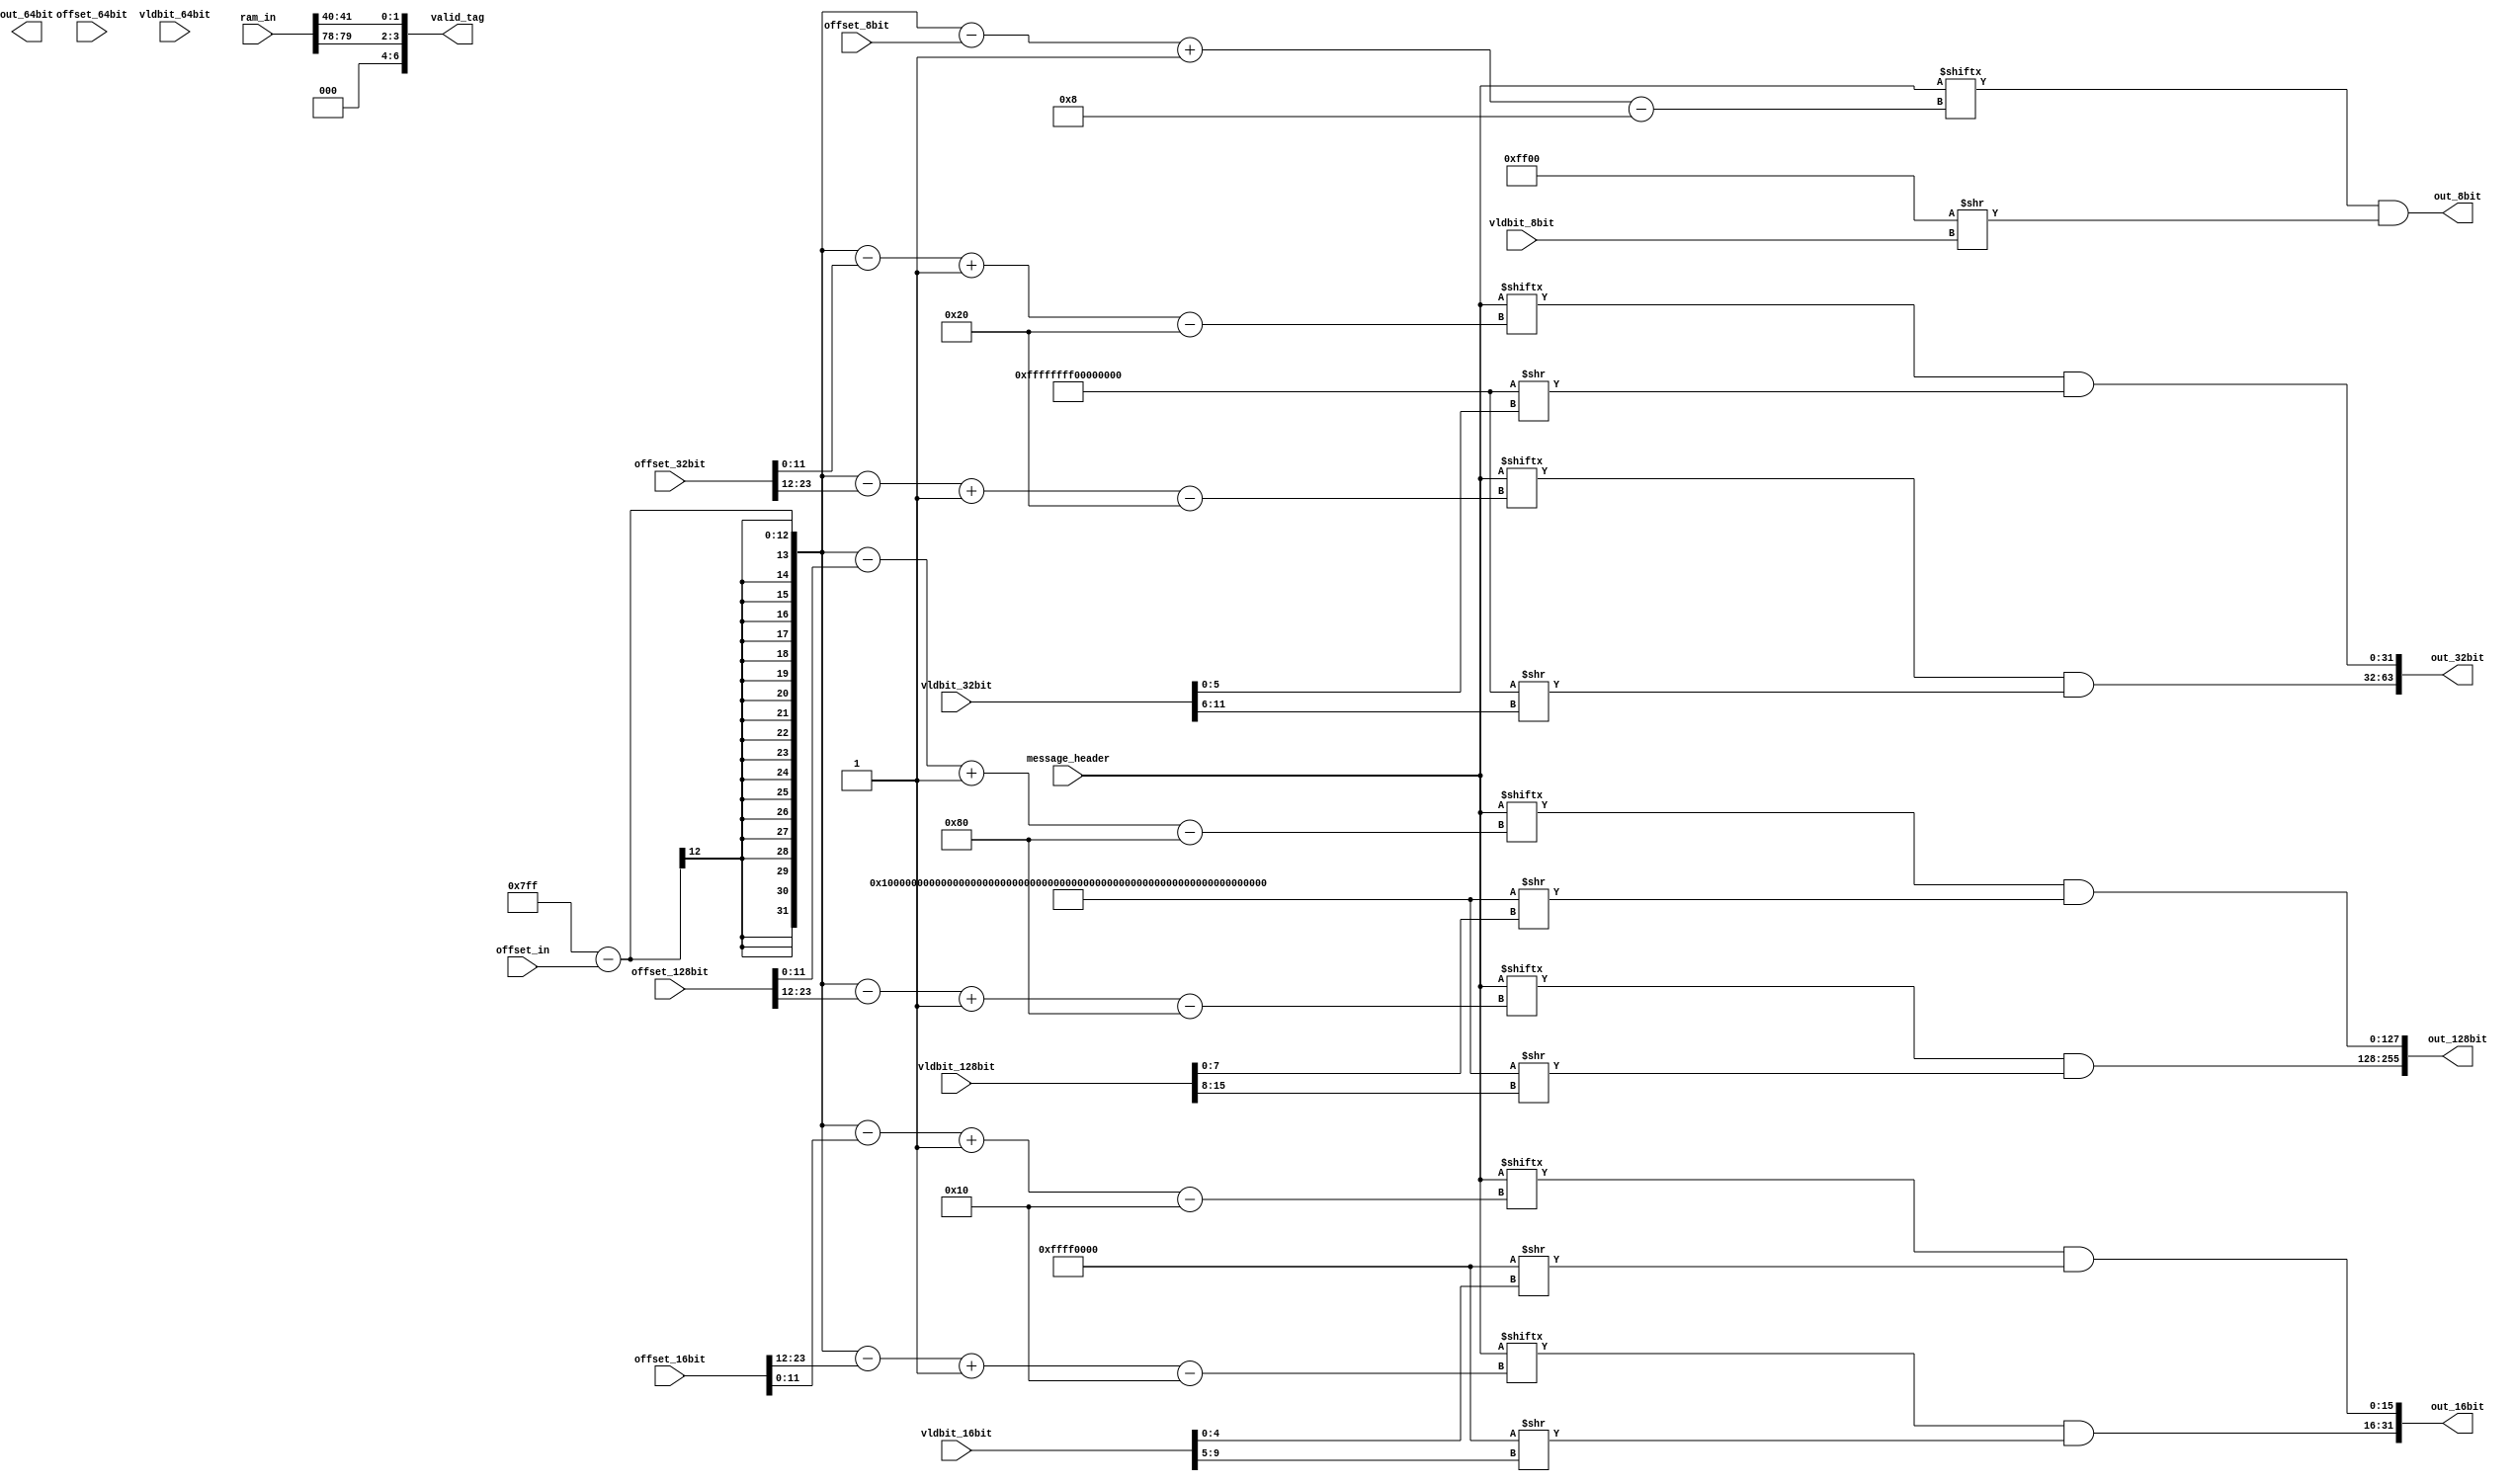
`timescale 1ns / 1ps
//////////////////////////////////////////////////////////////////////////////////
// Company: 
// Engineer: 
// 
// Design Name: 
// Module Name: action_extraction
// Project Name: 
// Target Devices: 
// Tool Versions: 
// Description: 
// 
// Dependencies: 
// 
// Revision:
// Revision 0.01 - File Created
// Additional Comments:
// 
//////////////////////////////////////////////////////////////////////////////////


module action2_extr
#(
    parameter NUM_8bit      =   1   ,
    parameter NUM_16bit     =   2   ,
    parameter NUM_32bit     =   2   ,
    parameter NUM_64bit     =   0   ,
    parameter NUM_128bit    =   2
)
(
input   [79:0]                      ram_in          ,
input   [11:0]                      offset_in       ,
input   [2048-1:0]                  message_header  ,
input   [NUM_8bit*12-1:0]           offset_8bit     ,  //2^11=2048
input   [NUM_16bit*12-1:0]          offset_16bit    , 
input   [NUM_32bit*12-1:0]          offset_32bit    , 
input   [NUM_64bit*12-1:0]          offset_64bit    , 
input   [NUM_128bit*12-1:0]         offset_128bit   , 
//
input   [NUM_8bit*4-1:0]            vldbit_8bit     ,
input   [NUM_16bit*5-1:0]           vldbit_16bit    ,
input   [NUM_32bit*6-1:0]           vldbit_32bit    ,
input   [NUM_64bit*7-1:0]           vldbit_64bit    ,
input   [NUM_128bit*8-1:0]          vldbit_128bit   ,
//
output  [NUM_8bit*8-1:0]            out_8bit        ,
output  [NUM_16bit*16-1:0]          out_16bit       ,
output  [NUM_32bit*32-1:0]          out_32bit       ,
output  [NUM_64bit*64-1:0]          out_64bit       ,
output  [NUM_128bit*128-1:0]        out_128bit      ,
output  [(NUM_8bit+NUM_16bit+NUM_32bit+NUM_64bit+NUM_128bit-1):0]               valid_tag
    );

genvar i_1;
generate
    for(i_1=0;i_1<NUM_8bit;i_1=i_1+1) begin
        assign out_8bit[i_1*8 +: 8] = message_header[2047-offset_in-offset_8bit[i_1*12 +: 12]    -:  8]
                                        &   ((16'b1111111100000000   >>  vldbit_8bit[i_1*4 +: 4]));
    end
endgenerate

genvar i_2;
generate
    for(i_2=0;i_2<NUM_16bit;i_2=i_2+1) begin
        assign out_16bit[i_2*16 +: 16] = message_header[2047-offset_in-offset_16bit[i_2*12 +: 12]    -:  16]   
                                        &   (32'b11111111111111110000000000000000   >>  vldbit_16bit[i_2*5 +: 5]);
    end
endgenerate

genvar i_3;
generate
    for(i_3=0;i_3<NUM_32bit;i_3=i_3+1) begin
        assign out_32bit[i_3*32 +: 32] = message_header[2047-offset_in-offset_32bit[i_3*12 +: 12]    -:  32]   
                                        &   ((64'b1111111111111111111111111111111100000000000000000000000000000000   >>  vldbit_32bit[i_3*6 +: 6]));
    end
endgenerate

genvar i_4;
generate
    for(i_4=0;i_4<NUM_64bit;i_4=i_4+1) begin
        assign out_64bit[i_4*64 +: 64] = message_header[2047-offset_in-offset_64bit[i_4*12 +: 12]    -:  64]   
                                        &   ((128'b11111111111111111111111111111111111111111111111111111111111111110000000000000000000000000000000000000000000000000000000000000000   >>  vldbit_64bit[i_4*7 +: 7]));
    end
endgenerate

genvar i_5;
generate
    for (i_5 = 0; i_5 < NUM_128bit; i_5 = i_5 + 1) begin
        assign out_128bit[i_5*128 +: 128] = message_header[2047-offset_in-offset_128bit[i_5*12 +: 12] -: 128]
                                        & ((256'b1111111111111111111111111111111111111111111111111111111111111111111111111111111111111111111111111111111111111111111111111111111100000000000000000000000000000000000000000000000000000000000000000000000000000000000000000000000000000000000000000000000000000000 >> vldbit_128bit[i_5*8 +: 8]));
    end
endgenerate




assign  valid_tag={ram_in[79:78],ram_in[41:40]};


endmodule